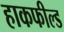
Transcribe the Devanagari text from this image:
हाकफील्ड